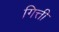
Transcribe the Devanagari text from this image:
गित्ती